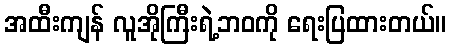
အထီးကျန် လူအိုကြီးရဲ့ဘဝကို ရေးပြထားတယ်။